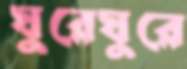
ঘুরেঘুরে